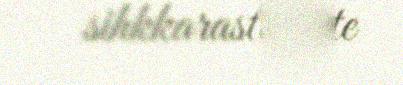
sihkkarasto ahte